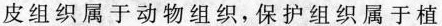
皮组织属于动物组织，保护组织属于植